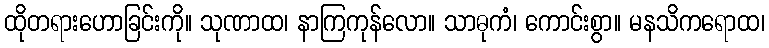
ထိုတရားဟောခြင်းကို။ သုဏာထ၊ နာကြကုန်လော။ သာဓုကံ၊ ကောင်းစွာ။ မနသိကရောထ၊